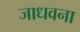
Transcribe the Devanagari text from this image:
जाधवना